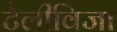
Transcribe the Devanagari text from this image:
टेलीविजा